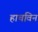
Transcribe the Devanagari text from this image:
हाचविन